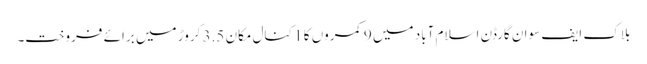
بلاک ایف سوان گارڈن اسلام آباد میں 9 کمروں کا 1 کنال مکان 3.5 کروڑ میں برائے فروخت۔